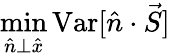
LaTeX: \operatorname*{min}_{\hat{n}\bot\hat{x}}{\mathrm{Var}[\hat{n}\cdot\vec{S}]}